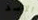
الاسد